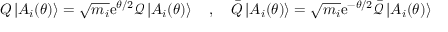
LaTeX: Q \left| A _ { i } ( \theta ) \right\rangle = \sqrt { m _ { i } } \mathrm { e } ^ { \theta / 2 } \mathcal { Q } \left| A _ { i } ( \theta ) \right\rangle \quad , \quad \bar { Q } \left| A _ { i } ( \theta ) \right\rangle = \sqrt { m _ { i } } \mathrm { e } ^ { - \theta / 2 } \bar { \mathcal { Q } } \left| A _ { i } ( \theta ) \right\rangle